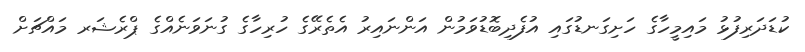
ކުޑަދަރިފުޅު މައިމީހާގެ ހަށިގަނޑުގައި އުފެދިބޮޑުވަމުން އަންނައިރު އެތެރޭގެ ހުރިހާގެ ގުނަވަނެއްގެ ޕްރެޝަރ މައްޗަށް